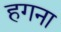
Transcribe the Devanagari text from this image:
हगना